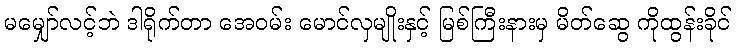
မမျှော်လင့်ဘဲ ဒါရိုက်တာ အေဝမ်း မောင်လှမျိုးနှင့် မြစ်ကြီးနားမှ မိတ်ဆွေ ကိုထွန်းခိုင်